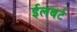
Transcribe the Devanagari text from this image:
ईलबर्ट